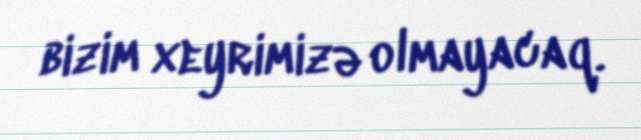
bizim xeyrimizə olmayacaq.